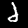
Label: 2